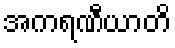
အကရဏီယာတိ